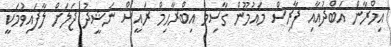
އިމްރާން އަބްދުއާއި ފާރިސް މައުމޫން ގާސިމް އިބްރާހިމް ރައީސް ނަޝީދު ޖަލަށް ލާފައިވުމަކީ